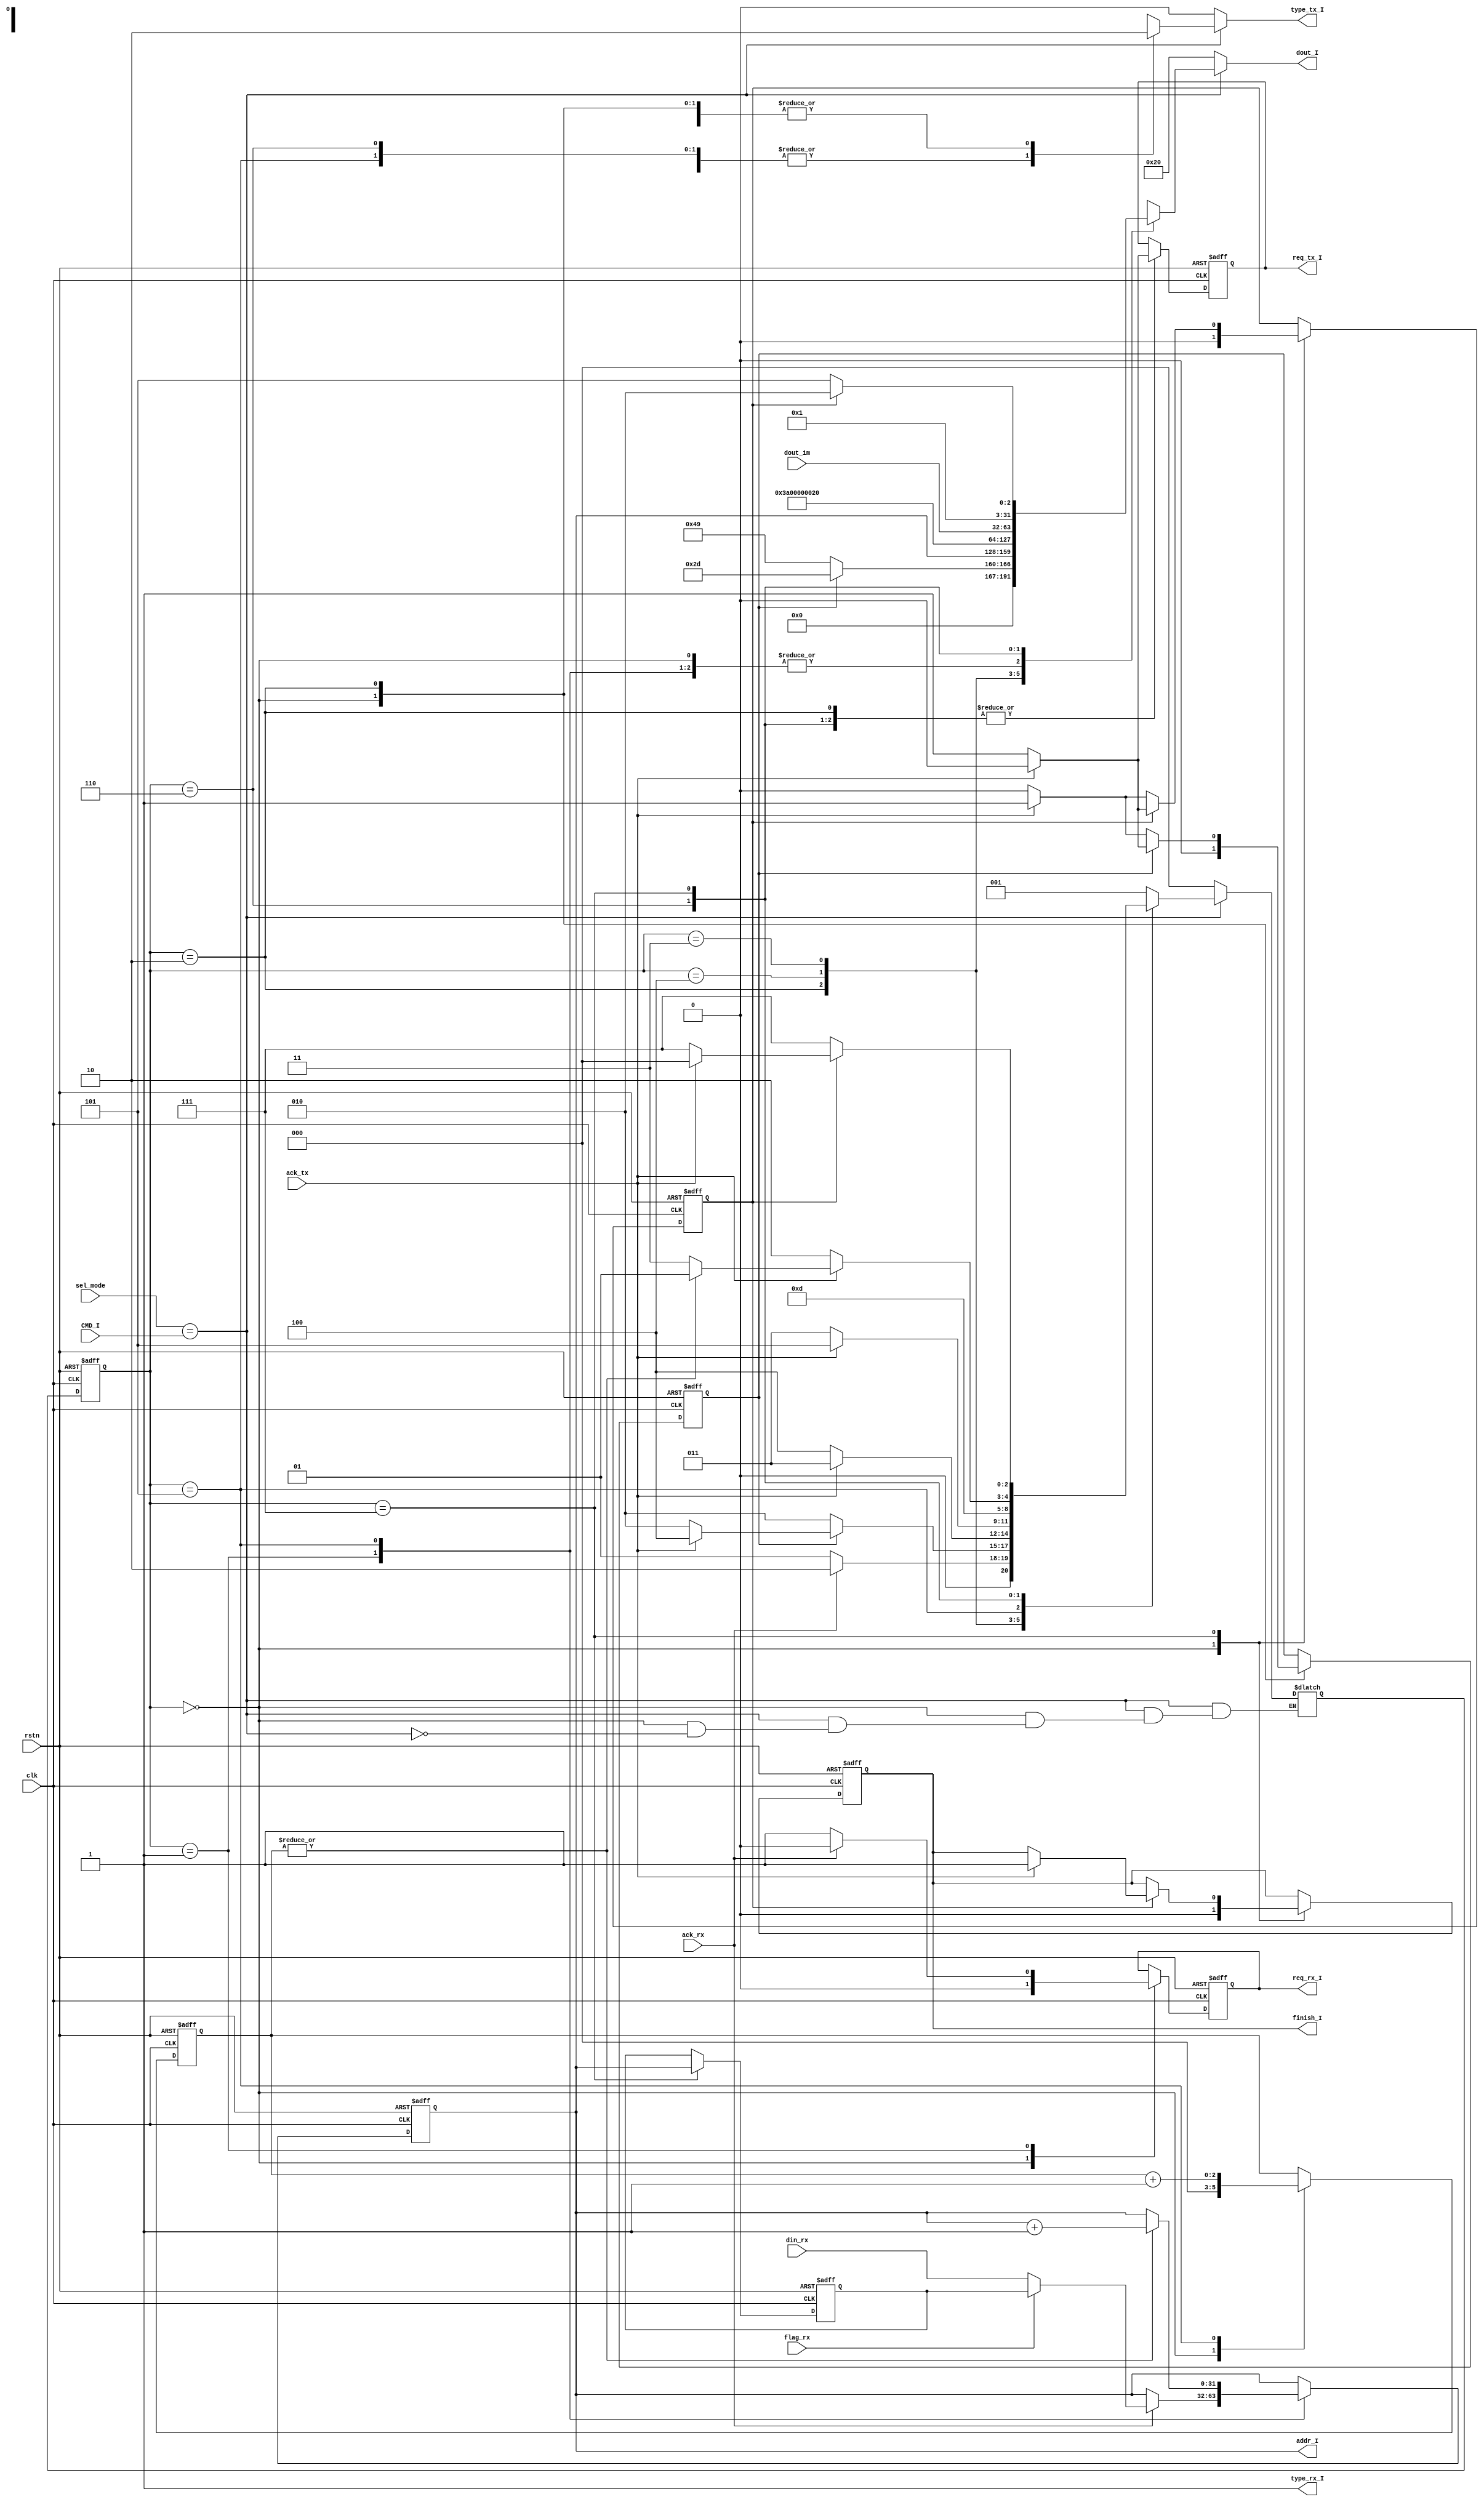
module DCP_I(
    input clk,
    input rstn,
    input [7:0] sel_mode,
    input [7:0] CMD_I,
    output reg finish_I,
    output [31:0] addr_I,
    input [31:0] din_rx,
    input [31:0] dout_im,
    input ack_rx,
    input flag_rx,
    input ack_tx,
    output reg req_rx_I,
    output type_rx_I,
    output reg req_tx_I,
    output reg type_tx_I,
    output reg [31:0] dout_I
);
// finite state machine
    parameter [2:0]
    INIT = 3'h0,
    SCAN = 3'h1,
    PRINT_INF = 3'h2,
    PRINT_MAO = 3'h3,
    PRINTA = 3'h4,
    DATA = 3'h5,
    PRINTD = 3'h6,
    FINISH = 3'h7;
    reg [2:0] NS = INIT , CS = INIT;
    reg [31:0] last_addr_I = 0;
    assign type_rx_I = 1;
    reg [31:0] cur_addr;
    reg count_INFO = 0;
    reg [2:0] count_DATA = 0;
    reg count_FINISH = 0;
    assign addr_I = cur_addr;
    wire we;
    assign we = (sel_mode == CMD_I);
    always@(posedge clk or negedge rstn) begin
        if(~rstn) begin
            CS<=INIT;
            finish_I<=0;
            req_rx_I<=0;
            count_INFO<=0;
            last_addr_I<=0;
            cur_addr<=0;
            count_DATA <= 0;
            count_FINISH <= 0;
            req_tx_I <= 0;
        end
        else begin
            CS <= NS;
        case (CS)
            INIT: begin
                finish_I <= 0;
                req_rx_I <= 0;
                count_INFO <= 0;
                count_DATA <= 0;
                count_FINISH <= 0;
            end
            SCAN: begin
                if(~ack_rx) begin
                    req_rx_I <= 1;
                end
                else begin
                    req_rx_I <= 0;
                    if(!flag_rx)
                        cur_addr<=din_rx;
                        else cur_addr<=last_addr_I;
                end 
            end
            PRINT_INF: begin
                if (count_INFO == 0) begin
                    if (ack_tx) begin 
                        count_INFO <= 1;
                        req_tx_I <= 0;
                    end
                    else req_tx_I <= 1;
                end
                else begin
                    if (ack_tx) begin
                        count_INFO <= 0;
                        req_tx_I <= 0;
                    end
                    else req_tx_I <= 1;
                end
            end
            PRINTA: begin
                if (ack_tx) begin
                    req_tx_I <= 0;
                end
                else req_tx_I <= 1;
            end
            PRINT_MAO: begin
                if (ack_tx) begin
                    req_tx_I <= 0;
                end
                else req_tx_I <= 1;
            end
            DATA: begin
                count_DATA <= count_DATA + 1;
                if (|count_DATA) begin
                    cur_addr <= cur_addr + 1;
                end
            end
            PRINTD: begin
                if (ack_tx) begin
                    req_tx_I <= 0;
                end
                else req_tx_I <= 1;
            end
            FINISH: begin
                last_addr_I <= cur_addr;
                if (count_FINISH == 0) begin
                    if (ack_tx) begin 
                        count_FINISH <= 1;
                        req_tx_I <= 0;
                    end
                    else req_tx_I <= 1;
                end
                else begin
                    if (ack_tx) begin
                        count_FINISH <= 0;
                        req_tx_I <= 0;
                        finish_I<=1;
                    end
                    else req_tx_I <= 1;
                end
            end
        endcase
        end
    end
    always @(*) begin
        type_tx_I = 0;
        dout_I = 32'h20;
        if (~we) NS = INIT;
        else case(CS)
            INIT: begin
                if(we) NS = SCAN;
            end
            SCAN: begin
                if (~ack_rx) NS = SCAN;

                else NS = PRINT_INF;
            end
            PRINT_INF: begin //count_INFO =0 print 'I', count_INFO = 1 print '-'
                if (count_INFO == 0) begin
                    type_tx_I = 0;
                    dout_I = 32'h49;
                    NS = PRINT_INF;
                end
                else begin
                    type_tx_I = 0;
                    dout_I = 32'h2D;
                    if (ack_tx) begin
                    NS = PRINTA;
                    end
                    else NS = PRINT_INF;
                end
            end
            PRINTA: begin
                dout_I = cur_addr;
                type_tx_I = 1;
                if (~ack_tx) NS = PRINTA;
                else NS = PRINT_MAO;
            end
            PRINT_MAO: begin
                type_tx_I = 0;
                dout_I = 32'h3A;
                if (~ack_tx) NS = PRINT_MAO;
                else NS = DATA;
            end
            DATA: begin
                NS = PRINTD;
                type_tx_I = 1;
            end
            PRINTD: begin
                type_tx_I = 1;
                dout_I = dout_im;
                if (~ack_tx) NS = PRINTD;
                else begin
                    if (|count_DATA) begin
                        NS = DATA;
                    end
                    else NS = FINISH;
                end
            end
            FINISH: begin
                if (count_FINISH == 0) begin
                    type_tx_I = 0;
                    dout_I = 32'h0d;
                    NS = FINISH;
                end
                else begin
                    type_tx_I = 0;
                    dout_I = 32'h0a;
                    if (ack_tx) begin
                        NS = INIT;
                        
                    end
                    else NS = FINISH;
                end
            end
        endcase
    end
    endmodule